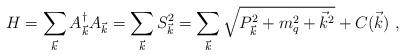
LaTeX: \begin{align*}H = \sum_{\vec{k}} A^{\dagger}_{\vec{k}} A_{\vec{k}} =\sum_{\vec{k}} S_{\vec{k}}^2 = \sum_{\vec{k}} \sqrt{P_{\vec{k}}^2 + m_q^2 + {\vec{k}}^2} + C(\vec{k}) \,\, ,\end{align*}